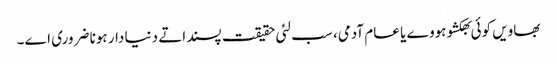
بھاویں کوئی بھکشو ہووے یا عام آدمی، سب لئی حقیقت پسند اتے دنیا دار ہونا ضروری اے۔